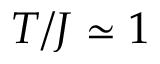
T / J \simeq 1